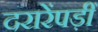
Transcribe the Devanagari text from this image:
दरारेंपड़ीं